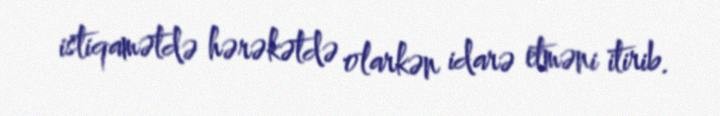
istiqamətdə hərəkətdə olarkən idarə etməni itirib.